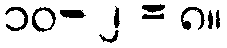
၁၀- ၂ = ၈။